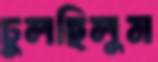
ঢুলছিলুম